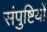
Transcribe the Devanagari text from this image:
संपुष्टियों